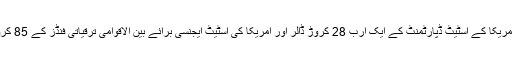
امریکی سینیٹر کی جانب سے پش کردہ اس بل کی مدد سے امریکا کے اسٹیٹ ڈپارٹمنٹ کے ایک ارب 28 کروڑ ڈالر اور امریکا کی اسٹیٹ ایجنسی برائے بین الاقوامی ترقیاتی فنڈز کے 85 کروڑ 20 لاکھ ڈالر امداد کے اعلان کو بھی روک دیا جائے گا۔